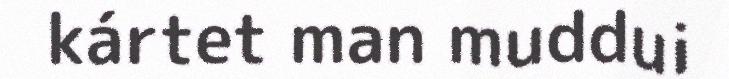
kártet man muddui